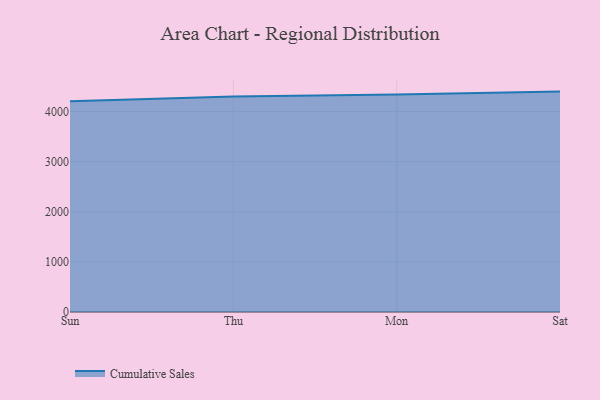
{"axis": {"x": "Day", "y": "Waste Production (Tons)"}, "legend": ["Cumulative Sales"], "data": [{"x": "Sun", "y": 4204.4, "type": "Cumulative Sales"}, {"x": "Thu", "y": 4297.5, "type": "Cumulative Sales"}, {"x": "Mon", "y": 4341.6, "type": "Cumulative Sales"}, {"x": "Sat", "y": 4397.1, "type": "Cumulative Sales"}]}